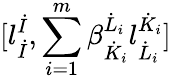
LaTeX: \lbrack l_{\dot{I}}^{\dot{I}},\sum_{i=1}^{m}\beta_{\dot{K}_{i}}^{\dot{L}_{i}}l_{\dot{L}_{i}}^{\dot{K}_{i}}\rbrack